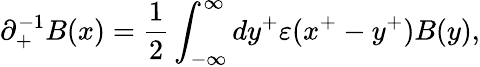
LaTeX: {\partial}_{+}^{-1}B(x)=\frac{1}{2}\int_{-{\infty}}^{\infty}dy^{+}{\varepsilon}(x^{+}-y^{+})B(y),